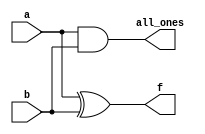
// John Hubbard, 02 Nov Oct 2014
// hw7 assignment for Verilog 0764 class: Problem 4.4.6: detect when exactly
// one bit is set.
//

module tiny_onebit(a, b, all_ones, f);
    input a, b;
    output f, all_ones;

    assign f = a ^ b;
    assign all_ones = a & b;
endmodule

module onebit(number, result);
    parameter N = 4;
    input [N-1:0] number;
    output result;

    wire no_all_one_failures;
    wire [N-1:0] all_ones;
    wire [N-1:0] f;
    wire [2*N:0] tinyInput;
    wire pre_result;

    // Handle N == 1 specially:
    assign result = (N == 1 ? number[0] : pre_result);
    assign all_ones[N-1] = 0;

    assign no_all_one_failures = ~|all_ones[N-1:0]; // reduction nor
    and xResult(pre_result, no_all_one_failures, f[N-2]);

    genvar i;
    generate
        for (i = 0; i < N - 1; i = i + 1)
        begin: genOneBit

            assign tinyInput[i*2]   = (i == 0 ? number[i] : f[i-1]);
            assign tinyInput[i*2+1] = number[i+1];

            tiny_onebit genOneBit(tinyInput[i*2], tinyInput[i*2+1],
                                  all_ones[i], f[i]);
        end
    endgenerate

endmodule